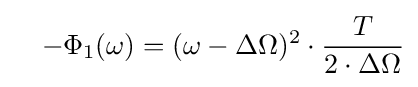
\quad -\Phi _{1}(\omega )=(\omega -\Delta \Omega )^{2}\cdot {\frac {T}{2\cdot \Delta \Omega }}